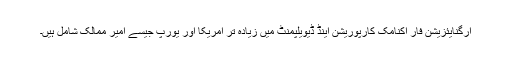
آرگنایئزیشن فار اکنامک کارپوریشن اینڈ ڈیویلپمنٹ میں زیادہ تر امریکا اور یورپ جیسے امیر ممالک شامل ہیں۔